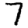
Digit: 7